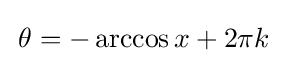
\,\theta =-\arccos x+2\pi k